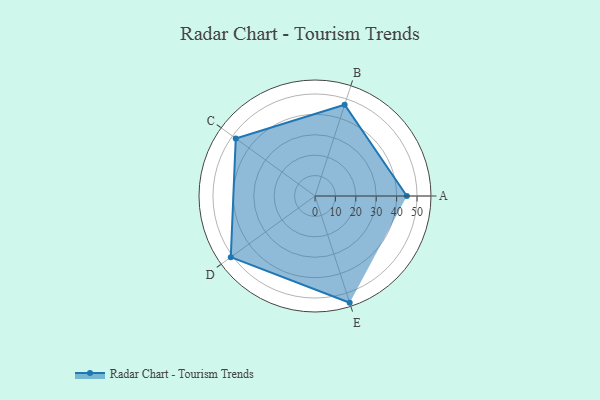
{"axis": {"x": "Skill", "y": "Score"}, "legend": ["Profile"], "data": [{"x": "A", "y": 45.0, "type": "Profile"}, {"x": "B", "y": 47.0, "type": "Profile"}, {"x": "C", "y": 48.0, "type": "Profile"}, {"x": "D", "y": 51.0, "type": "Profile"}, {"x": "E", "y": 55.0, "type": "Profile"}]}